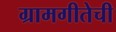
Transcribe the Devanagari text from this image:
ग्रामगीतेची